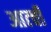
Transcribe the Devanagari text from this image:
आत्ची